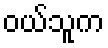
ဝယ်သူက